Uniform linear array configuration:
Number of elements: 12
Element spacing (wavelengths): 0.5
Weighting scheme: kaiser
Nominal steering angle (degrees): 45
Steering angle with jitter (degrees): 44.471
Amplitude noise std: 0.05
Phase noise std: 0.05

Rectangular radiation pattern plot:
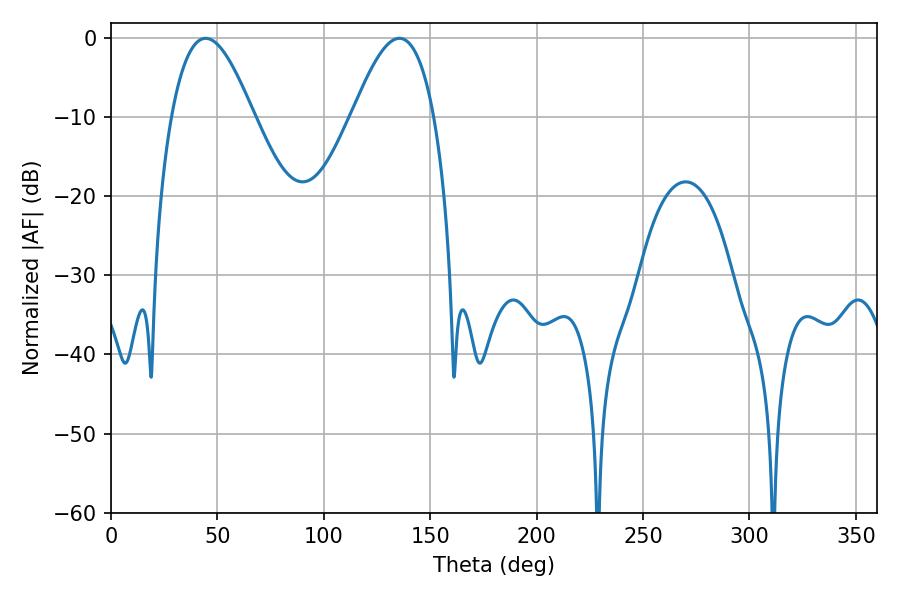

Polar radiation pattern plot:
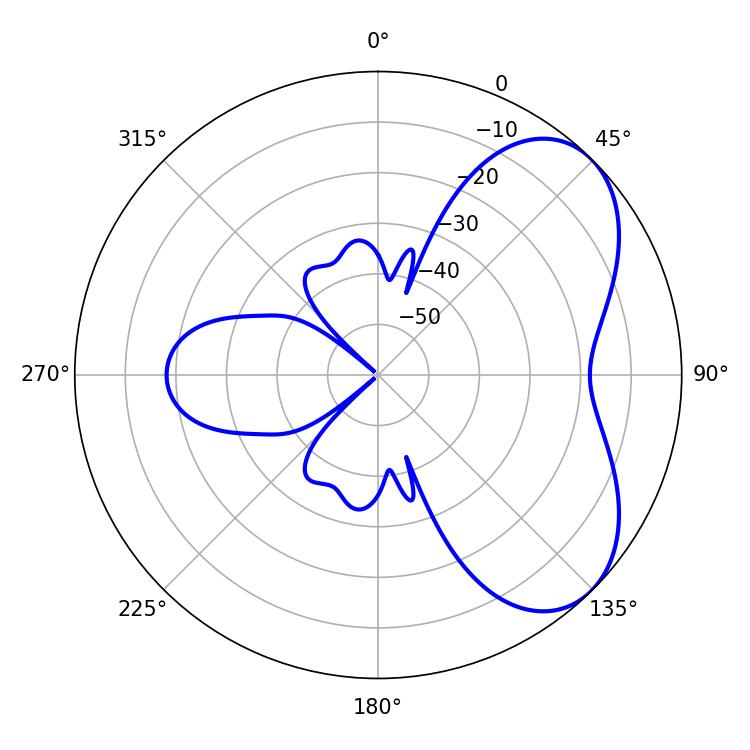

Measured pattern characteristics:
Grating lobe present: FALSE
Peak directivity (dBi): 5.422
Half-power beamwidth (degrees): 20.88
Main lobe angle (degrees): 44.46